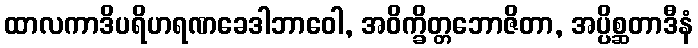
ထာလကာဒိပရိဟရဏခေဒါဘာဝေါ, အဝိက္ခိတ္တဘောဇိတာ, အပ္ပိစ္ဆတာဒီနံ